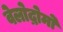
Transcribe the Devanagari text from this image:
वेलोद्रोमो